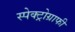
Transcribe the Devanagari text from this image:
स्पेक्ट्रोग्राफी